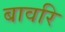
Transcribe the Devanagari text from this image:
बावरि